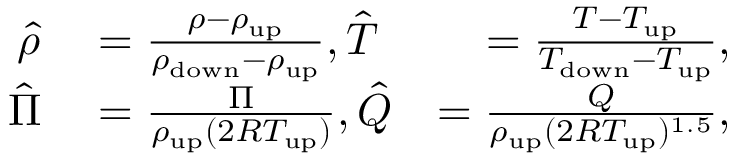
\begin{array} { r l r } { \hat { \rho } } & { { } = \frac { \rho - \rho _ { \mathrm { { u p } } } } { \rho _ { \mathrm { { d o w n } } } - \rho _ { \mathrm { { u p } } } } , \hat { T } } & { = \frac { T - T _ { \mathrm { { u p } } } } { T _ { \mathrm { { d o w n } } } - T _ { \mathrm { { u p } } } } , } \\ { \hat { \Pi } } & { { } = \frac { \Pi } { \rho _ { \mathrm { { u p } } } ( 2 R T _ { \mathrm { { u p } } } ) } , \hat { Q } } & { = \frac { Q } { \rho _ { \mathrm { { u p } } } ( 2 R T _ { \mathrm { { u p } } } ) ^ { 1 . 5 } } , } \end{array}